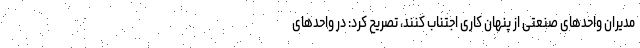
مدیران واحدهای صنعتی از پنهان کاری اجتناب کنند، تصریح کرد: در واحدهای